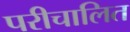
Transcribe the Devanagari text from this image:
परीचालित